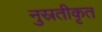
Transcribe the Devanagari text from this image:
नुस्रतीकृत